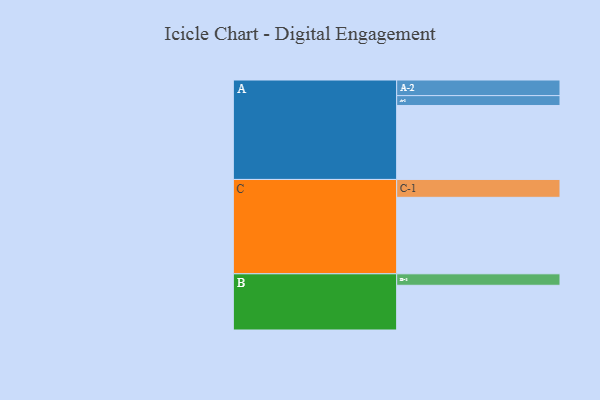
{"axis": {"x": "Segment", "y": "Value"}, "legend": ["", "A", "B", "C"], "data": [{"x": "A", "y": 554, "type": ""}, {"x": "B", "y": 335, "type": ""}, {"x": "C", "y": 573, "type": ""}, {"x": "A-1", "y": 74, "type": "A"}, {"x": "A-2", "y": 117, "type": "A"}, {"x": "B-1", "y": 86, "type": "B"}, {"x": "C-1", "y": 134, "type": "C"}]}